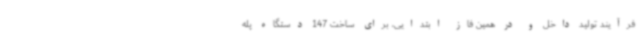
فرآیند تولید داخل و در همین فاز ابتدایی، برای ساخت 147 دستگاه پله